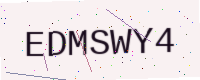
Text: EDMSWY4